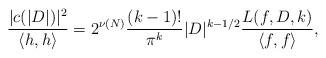
LaTeX: \begin{align*} \frac{|c(|D|)|^2}{\langle h,h\rangle} = 2^{\nu(N)}\frac{(k-1)!}{\pi^k}|D|^{k-1/2}\frac{L(f,D,k)}{\langle f,f\rangle},\end{align*}